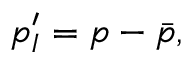
p _ { I } ^ { \prime } = p - \bar { p } ,